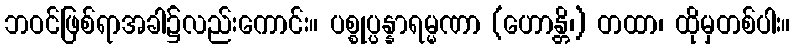
ဘဝင်ဖြစ်ရာအခါ၌လည်းကောင်း။ ပစ္စုပ္ပန္နာရမ္မဏာ (ဟောန္တိ၊) တထာ၊ ထိုမှတစ်ပါး။